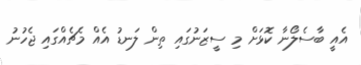
އެއީ ބާސެލޯނާ ކޮޅަށް މި ސީޒަނުގައި ތިން ލަނޑު އެއް މެޗެއްގައި ޖެހުނު